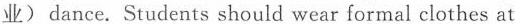
业)dance. Students should wear formal clothes at